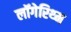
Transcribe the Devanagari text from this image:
लॉगेरिथ्म